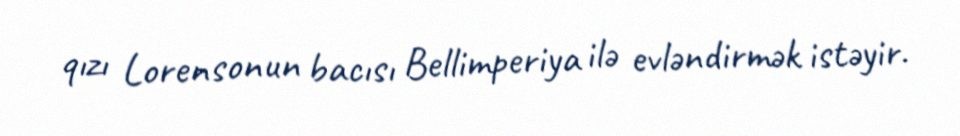
qızı Lorensonun bacısı Bellimperiya ilə evləndirmək istəyir.